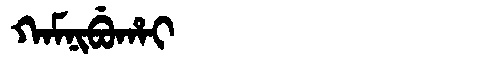
Manchu: ᡴᠠᠮᠨᡳᠪᡠᡥᠠᡳ
Romanization: KAMNIBUHAI